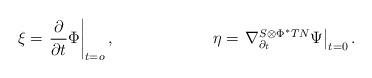
LaTeX: \begin{align*}\xi &= \left.\frac{\partial}{\partial t}\Phi\right|_{t=o}, &\eta &= \left.\nabla_{\partial_t}^{S\otimes\Phi^*TN}\Psi\right|_{t=0}.\end{align*}